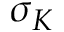
\sigma _ { K }